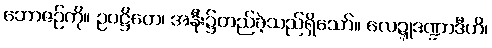
ဘောဇဉ်ကို။ ဥပဋ္ဌိတေ၊ အနီး၌တည်ခဲ့သည်ရှိသော်။ လေဍ္ဍုဒဏ္ဍာဒီဟိ၊